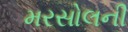
મરસોલની